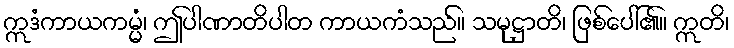
ဣဒံကာယကမ္မံ၊ ဤပါဏာတိပါတ ကာယကံသည်။ သမုဋ္ဌာတိ၊ ဖြစ်ပေါ်၏။ ဣတိ၊